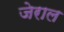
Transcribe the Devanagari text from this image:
जेराल